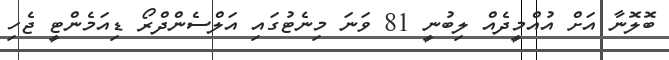
ބޮލޮނާ އަށް އުއްމީދެއް ލިބުނީ 81 ވަނަ މިނެޓުގައި އަލްސެންދްރޯ ޑިއަމެންޓީ ޖެހި